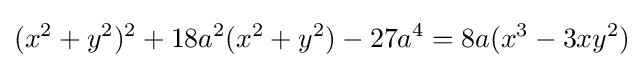
(x^{2}+y^{2})^{2}+18a^{2}(x^{2}+y^{2})-27a^{4}=8a(x^{3}-3xy^{2})